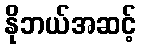
နိုဘယ်အဆင့်